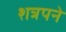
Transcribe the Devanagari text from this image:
शत्रपने